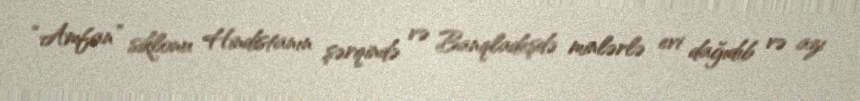
“Amfan” siklonu Hindistanın şərqində və Banqladeşdə minlərlə evi dağıdıb və azı